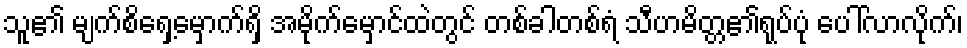
သူ၏ မျက်စိရှေ့မှောက်ရှိ အမိုက်မှောင်ထဲတွင် တစ်ခါတစ်ရံ သီဟမိတ္တ၏ရုပ်ပုံ ပေါ်လာလိုက်၊